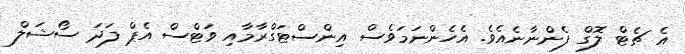
އެ ޗެޓް ލޮގް ފެންނާނެއެވެ. އެހެންނަމަވެސް އިންސްޓަގްރާމާއި ވަޓްސް އެޕް ފަދަ ސޯޝަލް